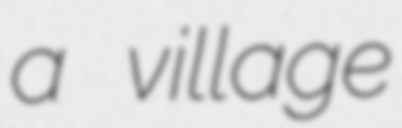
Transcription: a village